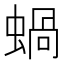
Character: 蝸